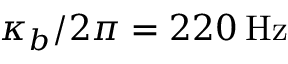
\kappa _ { b } / 2 \pi = 2 2 0 \mathrm { \: H z }